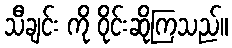
သီချင်း ကို ဝိုင်းဆိုကြသည်။